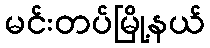
မင်းတပ်မြို့နယ်